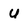
Character: u